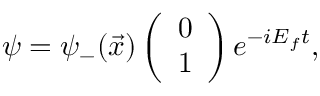
\psi = { \psi } _ { - } ( \vec { x } ) \left( \begin{array} { c } { { 0 } } \\ { { 1 } } \end{array} \right) e ^ { - i E _ { f } t } ,